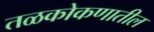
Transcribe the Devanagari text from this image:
तळकोकणातील